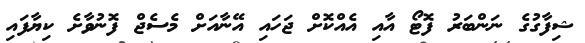
ޝިފާގުގެ ނަންބަރު ފޮޓޯ އާއި އެއްކޮށް ޖަހައި އޭނާއަށް މެސެޖް ފޮނުވާށެ ކިޔާފައި